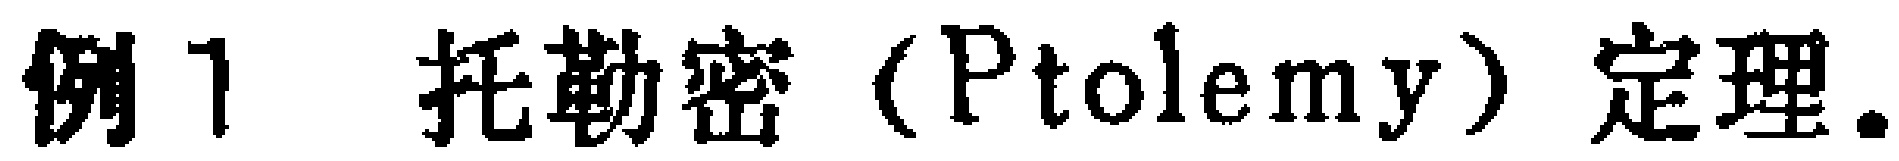
例1 托勒密（Ptolemy）定理.